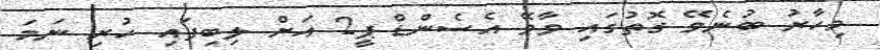
މިހާރު ބުނެވޭ ގޮތުގައި ވާވޭ އެސެންޑް ޕީ2 އަށް ލިބިފައި ހުރި ނަމަ